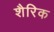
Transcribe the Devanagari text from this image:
शैरिक